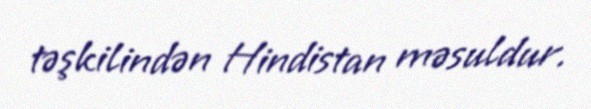
təşkilindən Hindistan məsuldur.